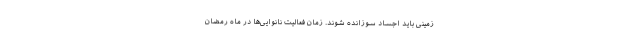
زمینی باید اجساد سوزانده شوند. زمان فعالیت نانوایی‌ها در ماه رمضان